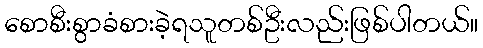
စောစီးစွာခံစားခဲ့ရသူတစ်ဦးလည်းဖြစ်ပါတယ်။